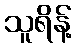
သူရိန့်